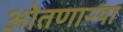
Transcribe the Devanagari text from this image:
ओतणाऱ्या